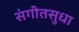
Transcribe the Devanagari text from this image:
संगीतसुधा